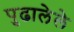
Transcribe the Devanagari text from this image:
पुढालेले